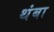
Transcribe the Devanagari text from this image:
थंबा